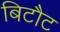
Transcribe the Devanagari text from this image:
बिटौट